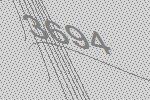
3694